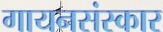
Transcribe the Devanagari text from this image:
गायनसंस्कार